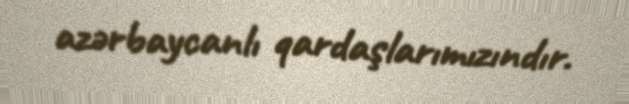
azərbaycanlı qardaşlarımızındır.